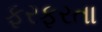
ફરફરતા